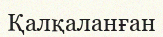
Қалқаланған